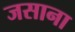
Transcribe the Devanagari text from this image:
जसाना